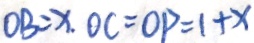
O B = x . O C = O P = 1 + x